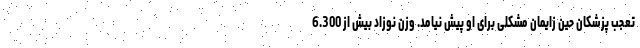
تعجب پزشکان حین زایمان مشکلی برای او پیش نیامد. وزن نوزاد بیش از 6.300